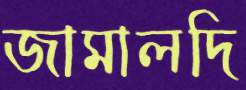
জামালদি